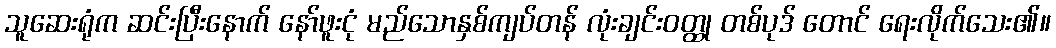
သူဆေးရုံက ဆင်းပြီးနောက် နော်ဖူးငုံ မည်သောနှစ်ကျပ်တန် လုံးချင်းဝတ္ထု တစ်ပုဒ် တောင် ရေးလိုက်သေး၏။